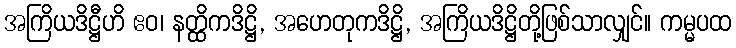
အကြိယဒိဋ္ဌီဟိ ဧဝ၊ နတ္ထိကဒိဋ္ဌိ, အဟေတုကဒိဋ္ဌိ, အကြိယဒိဋ္ဌိတို့ဖြစ်သာလျှင်။ ကမ္မပထ